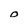
Character: O